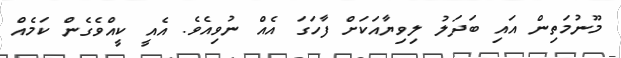
މޫނުމަތިން އައި ބަދަލު ލިވިޔާއަކަށް ފާހަގަ އެއް ނުވިއެވެ. އެއީ ކީއްވެގެން ކަމެއް